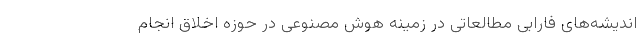
اندیشه‌های فارابی مطالعاتی در زمینه هوش مصنوعی در حوزه اخلاق انجام